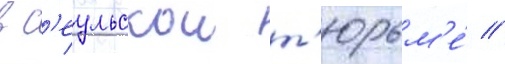
в с'еульскои т'юрьм'е́ //